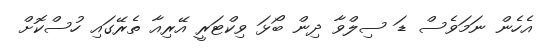
އެހެން ނަމަވެސް ޑަ ސިލްވާ ދިން ބޯޅަ ވިކްޓަރީ އޭރިއާ ތެރޭގައި ހުސްކޮށް